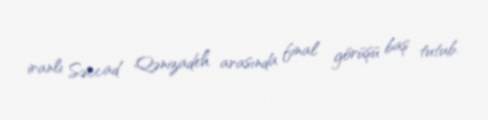
iranlı Səccad Qənizadeh arasında final görüşü baş tutub.